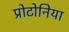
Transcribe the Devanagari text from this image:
प्रोटोनिया